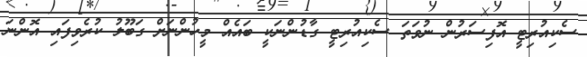
ސެކިއުރިޓީ އޮފިސަރުން ނުވަތަ ސެކިއުރިޓީ ގާޑުންނަކީ ބައެއް މީހުންނަށް ގަބޫލު ކުރެވިފައި އޮންނަ